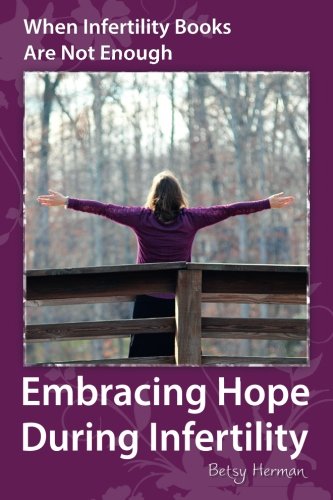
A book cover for When Infertility Books Are Not Enough: Embracing Hope During Infertility; Betsy Herman; Parenting & Relationships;